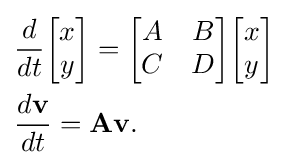
{\begin{aligned}&{\frac {d}{dt}}{\begin{bmatrix}x\\y\\\end{bmatrix}}={\begin{bmatrix}A&B\\C&D\\\end{bmatrix}}{\begin{bmatrix}x\\y\\\end{bmatrix}}\\&{\frac {d\mathbf {v} }{dt}}=\mathbf {A} \mathbf {v} .\end{aligned}}